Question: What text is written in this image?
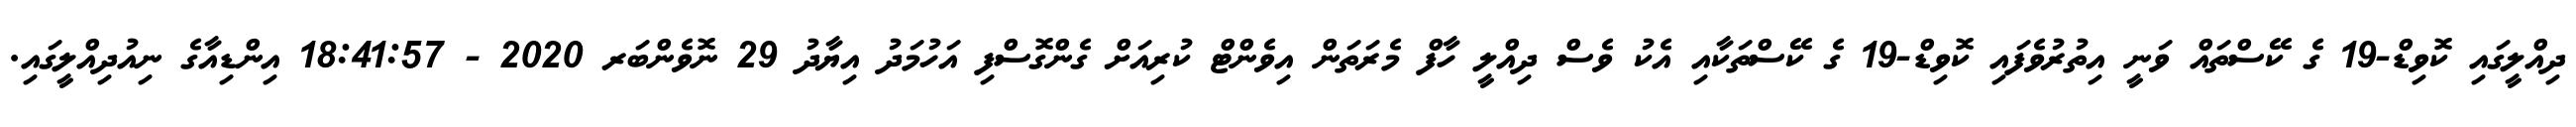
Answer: ދިއްލީގައި ކޮވިޑް-19 ގެ ކޭސްތައް ވަނީ އިތުރުވެފައި ކޮވިޑް-19 ގެ ކޭސްތަކާއި އެކު ވެސް ދިއްލީ ހާފް މެރަތަން އިވެންޓް ކުރިއަށް ގެންގޮސްފި އަހުމަދު އިޔާދު 29 ނޮވެންބަރ 2020 - 18:41:57 އިންޑިއާގެ ނިއުދިއްލީގައި.